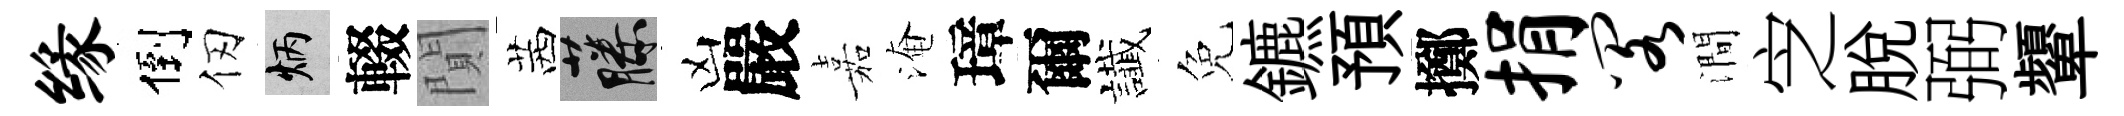
缘倒仞炳輟閴茜藤凶嚴嘉淹璋爾䜟免鑣預擲捐阁澗㝎脫弼顰